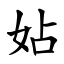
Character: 㚲